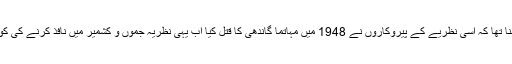
ذوالقرنین چھینہ کا کہنا تھا کہ اسی نظریے کے پیروکاروں نے 1948 میں مہاتما گاندھی کا قتل کیا اب یہی نظریہ جموں و کشمیر میں نافذ کرنے کی کوشش کی جا رہی ہے۔